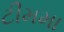
ટીમમા